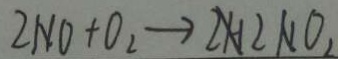
2 N O + O _ { 2 } \rightarrow 2 H 2 N O _ { 2 }